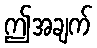
ဤအချက်